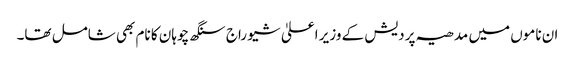
ان ناموں میں مدھیہ پردیش کے وزیر اعلیٰ شیو راج سنگھ چوہان کا نام بھی شامل تھا۔